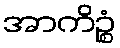
အာကိဉ္စံ